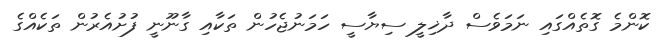
ކޮންމެ ގޮތެއްގައި ނަމަވެސް ދާޚިލީ ސިޔާސީ ހަމަނުޖެހުން ތަކާއި ގާނޫނީ ފުށުއެރުން ތަކެއްގެ